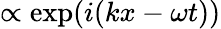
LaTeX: \propto\exp(i(kx-\omega t))